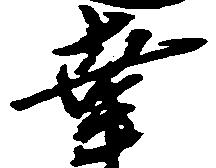
幸